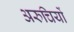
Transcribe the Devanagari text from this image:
अरुचियों